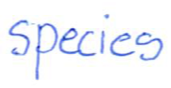
Text: species
Cross-out: clean
Writing tool: ballpoint